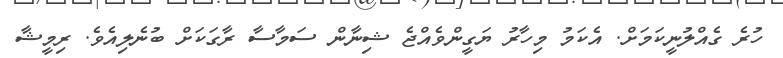
ހުރެ ގެއްލުނީކަމަށް. އެކަމު މިހާރު ޔަގީންވެއްޖެ ޝިނާން ސަމާސާ ރާގަކަށް ބުނެލިއެވެ. ރިމީޝާ